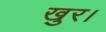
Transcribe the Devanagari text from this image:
खुर।